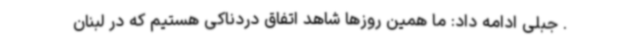
. جبلی ادامه داد: ما همین روزها شاهد اتفاق دردناکی هستیم که در لبنان